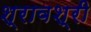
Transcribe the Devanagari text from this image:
श्रावश्री